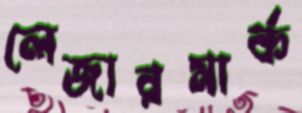
লেজারমার্ক